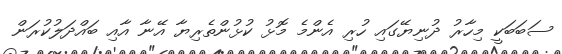
ސަބަބަކީ މިހާރު ދުނިޔޭގައި ހުރި އެންމެ މޮޅު ކުޅުންތެރިޔާ އޭނާ އާއި ބައްދަލުކުރަން